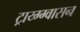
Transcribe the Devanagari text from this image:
ट्राय्ग्ग्वासन